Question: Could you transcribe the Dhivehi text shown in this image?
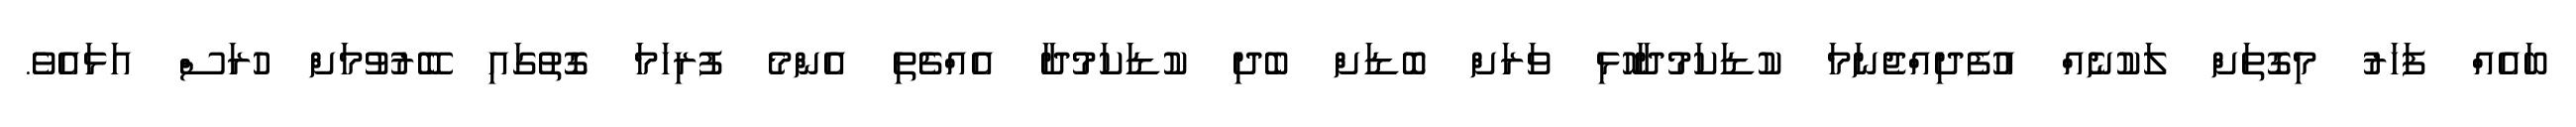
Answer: ބައެއް ފަހަރު މިގޮތަށް ލަކުނެއް އުފެދިއްޖެނަމަ ކުޑަކަމުދާހޮޅި ވަރަށް ބޮޑަށް ބެދި ކުޑަކަމުދާ އެއްޗެތި އެންމެ ފުރިހަމަ ގޮތުގައި ބޭރުވުމަށް ހުރަސް އަޅައެވެ.